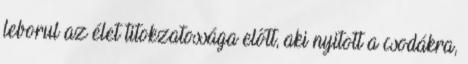
leborul az élet titokzatossága előtt, aki nyitott a csodákra,